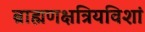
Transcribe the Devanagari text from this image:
ब्राह्मणक्षत्रियविशां